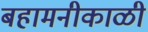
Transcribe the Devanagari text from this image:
बहामनीकाळी